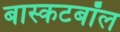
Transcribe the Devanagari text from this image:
बास्कटबॉल